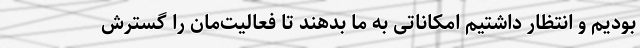
بودیم و انتظار داشتیم امکاناتی به ما بدهند تا فعالیت‌مان را گسترش